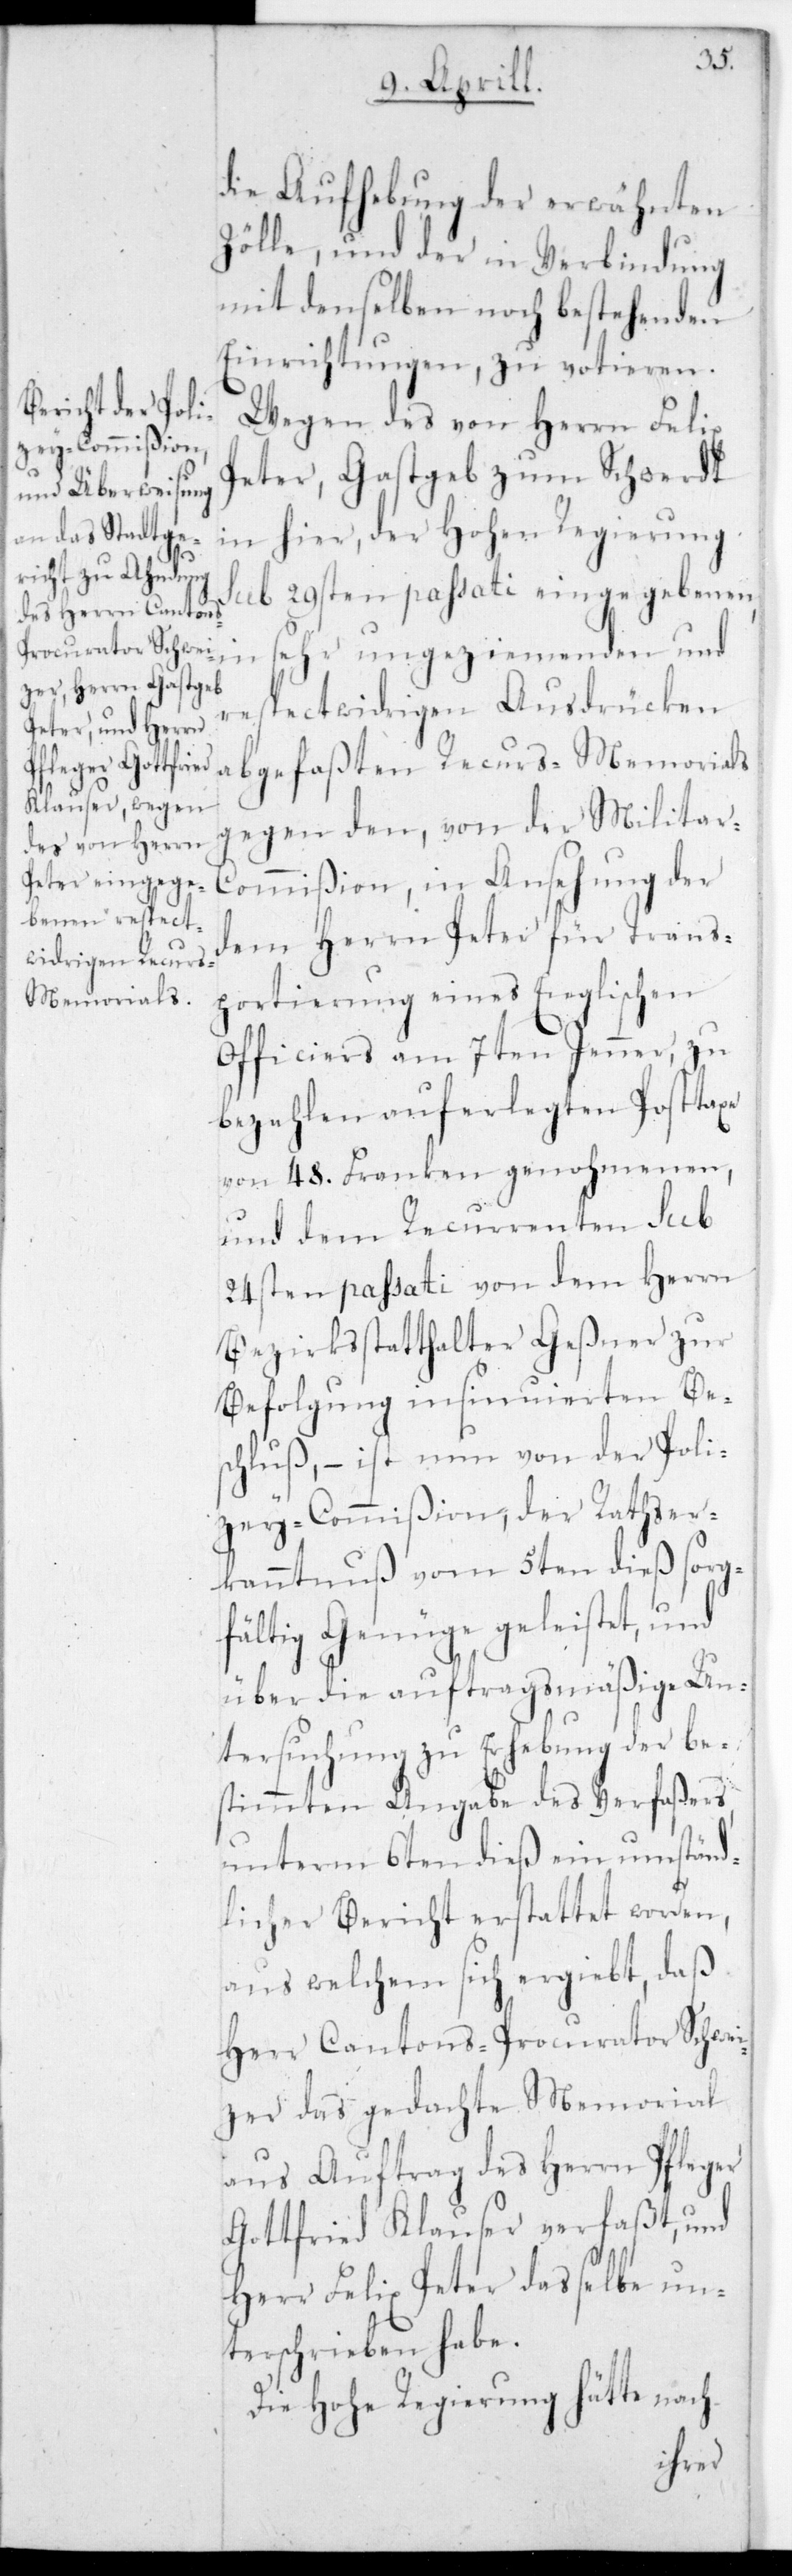
die Aufhebung der erwähnten
Zölle, und der in Verbindung
mit denselben noch bestehenden
Einrichtungen, zu votieren.
Wegen des von Herrn Felix
Peter, Gastgeb zum Schwerdt
in hier, der Hohen Regierung
sub 29sten passati eingegebenen,
sehr ungeziemenden und
respectwidrigen Ausdrücken
abgefaßten Recurs-Memorials
gegen den, von der Milita¬
r-Commißion, in Ansehung der
dem Herrn Peter für Trans¬
portierung eines Englischen
Officiers am 7ten Jenner, zu
bezahlen auferlegten Posttaxe
von 48. Franken genohmenen,
und dem Recurrenten sub
24sten passati von dem Herrn
Bezirksstatthalter Geßner zur
Befolgung insinuierten Be¬
schluß, – ist nun von der Poli¬
zey-Commißion, der Rathser¬
kanntnuß vom 5ten dieß sorg¬
fältig Genüge geleistet, und
über die auftragsmäßige Un¬
tersuchung zu Erhebung der be¬
stimmten Angabe des Verfaßers,
unterm 6ten dieß ein umständ¬
licher Bericht erstattet worden,
aus welchem sich ergibt, daß
Herr Cantons-Procurator Schwei¬
zer das gedachte Memorial
aus Auftrag des Herrn Pfleger
Gottfried Klauser verfaßt, und
Herr Felix Peter daßelbe un¬
terschrieben habe.
Die Hohe Regierung hätte nach